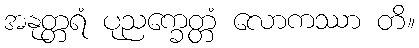
အနုတ္တရံ ပုညက္ခေတ္တံ လောကဿာ တိ။